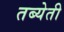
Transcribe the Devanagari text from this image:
तब्येती